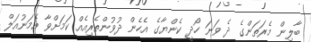
ބާލިން މެރަތަންގެ ދެ ވަނަ ހޯދީ ކެންޔާގެ އެހެން ދުވުންތެރިއެއް ކަމަށްވާ އެމަނުއަލް